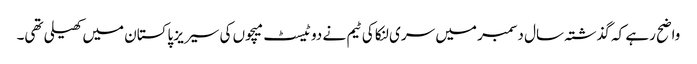
واضح رہے کہ گذشتہ سال دسمبر میں سری لنکا کی ٹیم نے دو ٹیسٹ میچوں کی سیریز پاکستان میں کھیلی تھی۔